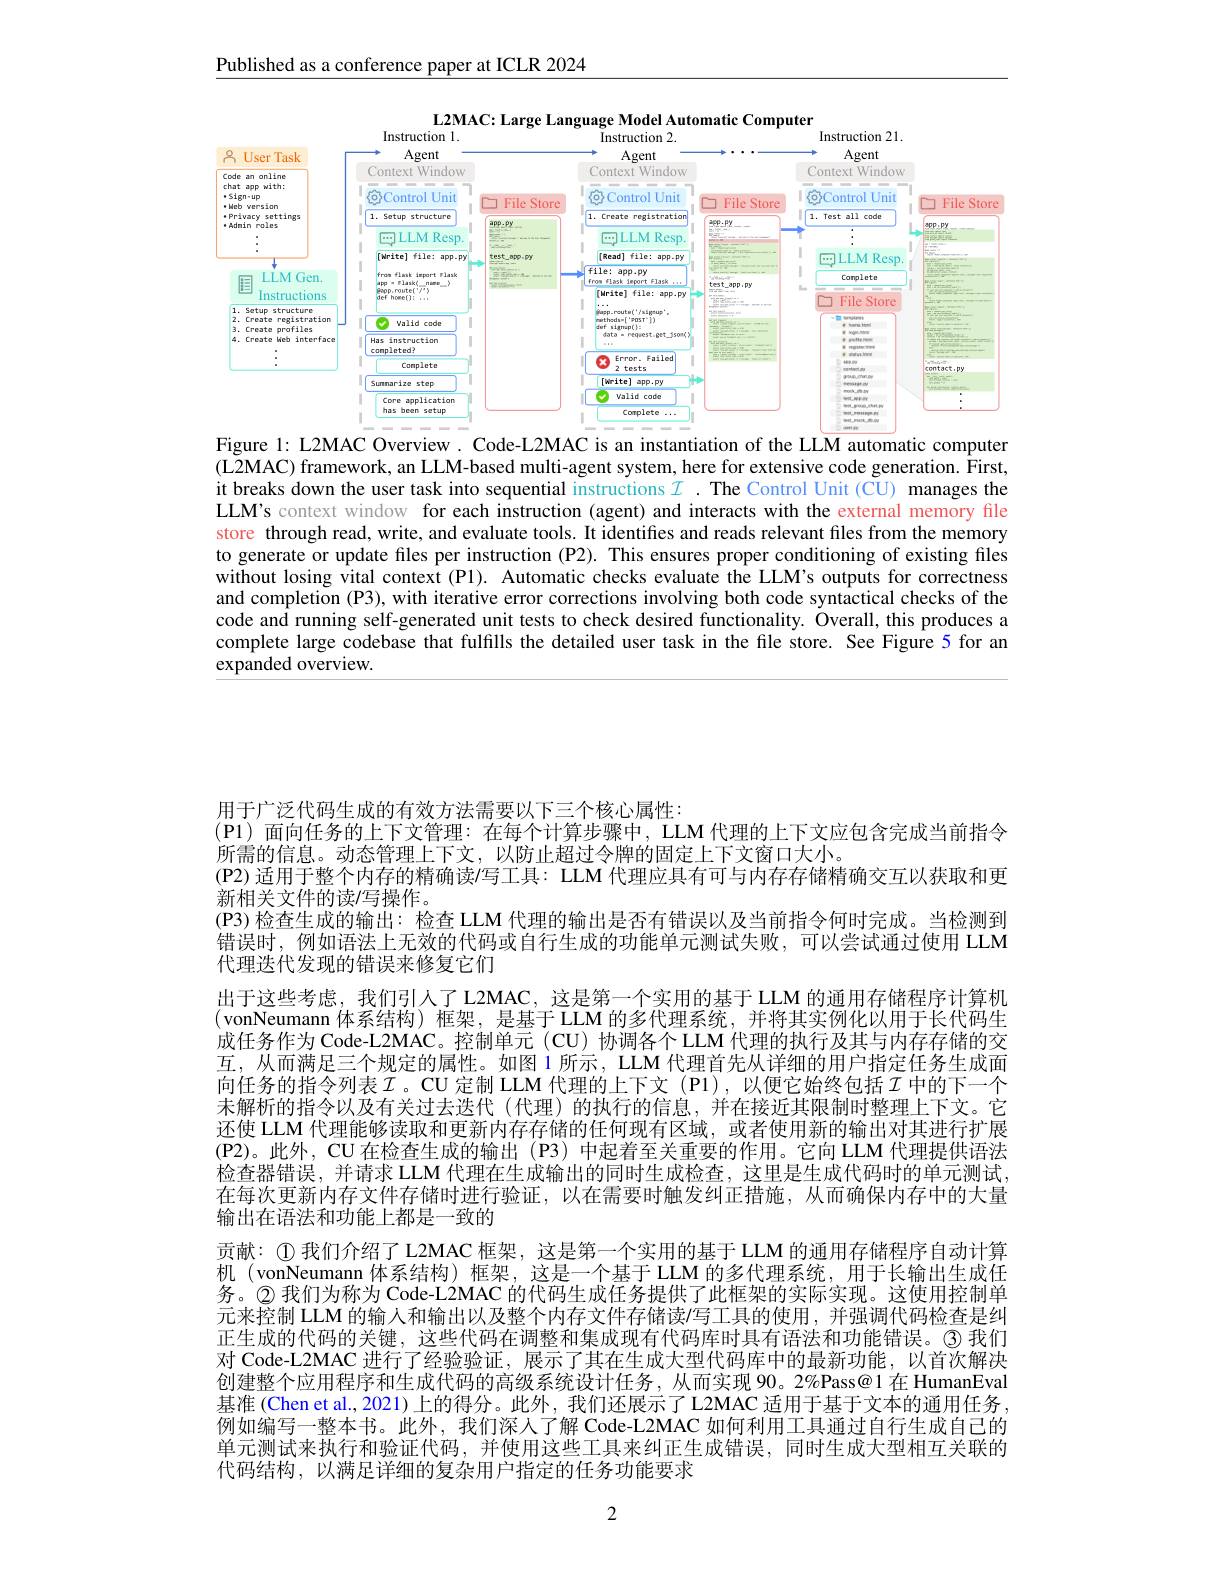
Published as a conference paper at ICLR 2024

8
<FigureHere>
Figure 1: L2MAC Overview . Code-L2MAC is an instantiation of the LLM automatic computer

(L2MAC) framework, an LLM-based multi-agent system, here for extensive code generation. First, it breaks down the user task into sequential instructions $I. \textbf{The Control Unit ( CU) manages the}$ LLM's context window for each instruction (agent) and interacts with the external memory file store through read, write, and evaluate tools. It identifies and reads relevant files from the memory to generate or update files per instruction (P2). This ensures proper conditioning of existing files without losing vital context (P1). Automatic checks evaluate the LLM's outputs for correctness and completion (P3), with iterative error corrections involving both code syntactical checks of the code and running self-generated unit tests to check desired functionality. Overall, this produces a complete large codebase that fulfills the detailed user task in the file store. See Figure 5 for an $\hat{\text{expanded overview.}}$

用于广泛代码生成的有效方法需要以下三个核心属性：
(Pl)面向任务的上下文管理：在每个计算步骤中，LLM 代理的上下文应包含完成当前指令
所需的信息。动态管理上下文，以防止超过令牌的固定上下文窗口大小。
(P2) 适用于整个内存的精确读/写工具：LLM 代理应具有可与内存存储精确交互以获取和更
新相关文件的读/写操作。
(P3)检查生成的输出：检查 LLM 代理的输出是否有错误以及当前指令何时完成。当检测到错误时，例如语法上无效的代码或自行生成的功能单元测试失败，可以尝试通过使用 LLM 代理迭代发现的错误来修复它们
出于这些考虑，我们引人了 L2MAC, 这是第一个实用的基于 LLM 的通用存储程序计算机(vonNeumann 体系结构) 框架，是基于 LLM 的多代理系统，并将其实例化以用于长代码生成任务作为 Code-L2MAC。控制单元(CU) 协调各个 LLM 代理的执行及其与内存存储的交互，从而满足三个规定的属性。如图 1 所示，LLM 代理首先从详细的用户指定任务生成面向任务的指令列表$\mathcal{I}$。CU 定制 LLM 代理的上下文 (Pl),以便它始终包括$\mathcal{I}$ 中的下一个末解析的指令以及有关过去迭代 (代理)的执行的信息，并在接近其限制时整理上下文。它还使 LLM 代理能够读取和更新内存存储的任何现有区域，或者使用新的输出对其进行扩展(P2)。此外，CU 在检查生成的输出 (P3) 中起着至关重要的作用。它向 LLM 代理提供语法检查器错误，并请求 LLM 代理在生成输出的同时生成检查，这里是生成代码时的单元测试， 在每次更新内存文件存储时进行验证，以在需要时触发纠正措施，从而确保内存中的大量输出在语法和功能上都是一致的
贡献：$\textcircled 1 我们介绍了 L2MAC 框架，这是第一个实用的基于 LLM 的通用存储程序自动计算$ 机(vonNeumann 体系结构) 框架，这是一个基于 LLM 的多代理系统，用于长输出生成任务。$\textcircled{2}$我们为称为 Code-L2MAC 的代码生成任务提供了此框架的实际实现。这使用控制单元来控制 LLM 的输人和输出以及整个内存文件存储读$\prime$写工具的使用，并强调代码检查是纠正生成的代码的关键，这些代码在调整和集成现有代码库时具有语法和功能错误。(3)我们对 Code-L2MAC 进行了经验验证，展示了其在生成大型代码库中的最新功能，以首次解决创建整个应用程序和生成代码的高级系统设计任务，从而实现 90。2%Pass@1在 HumanEval 基准 (Chen et al., 2021) 上的得分。此外，我们还展示了 L2MAC 适用于基于文本的通用任务， 例如编写一整本书。此外，我们深人了解 Code-L2MAC 如何利用工具通过自行生成自己的单元测试来执行和验证代码，并使用这些工具来纠正生成错误，同时生成大型相互关联的代码结构，以满足详细的复杂用户指定的任务功能要求

2